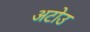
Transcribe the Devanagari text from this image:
अटोउ